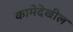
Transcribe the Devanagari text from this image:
कामेदेखील